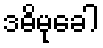
ဒဓိမုခေါ